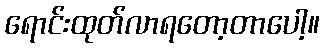
ရောင်းထုတ်လာရတော့တာပေါ့။